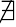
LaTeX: \nexists